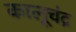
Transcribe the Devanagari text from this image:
कालूचंद्र